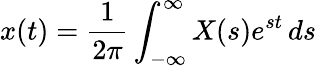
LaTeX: x(t)={\frac{1}{2\pi}}\int_{-\infty}^{\infty}X(s)e^{st}\, ds